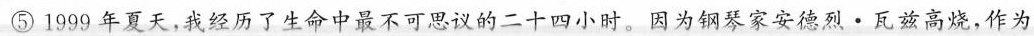
⑤1999年夏天，我经历了生命中最不可思议的二十四小时。因为钢琴家安德烈·瓦兹高烧，作为